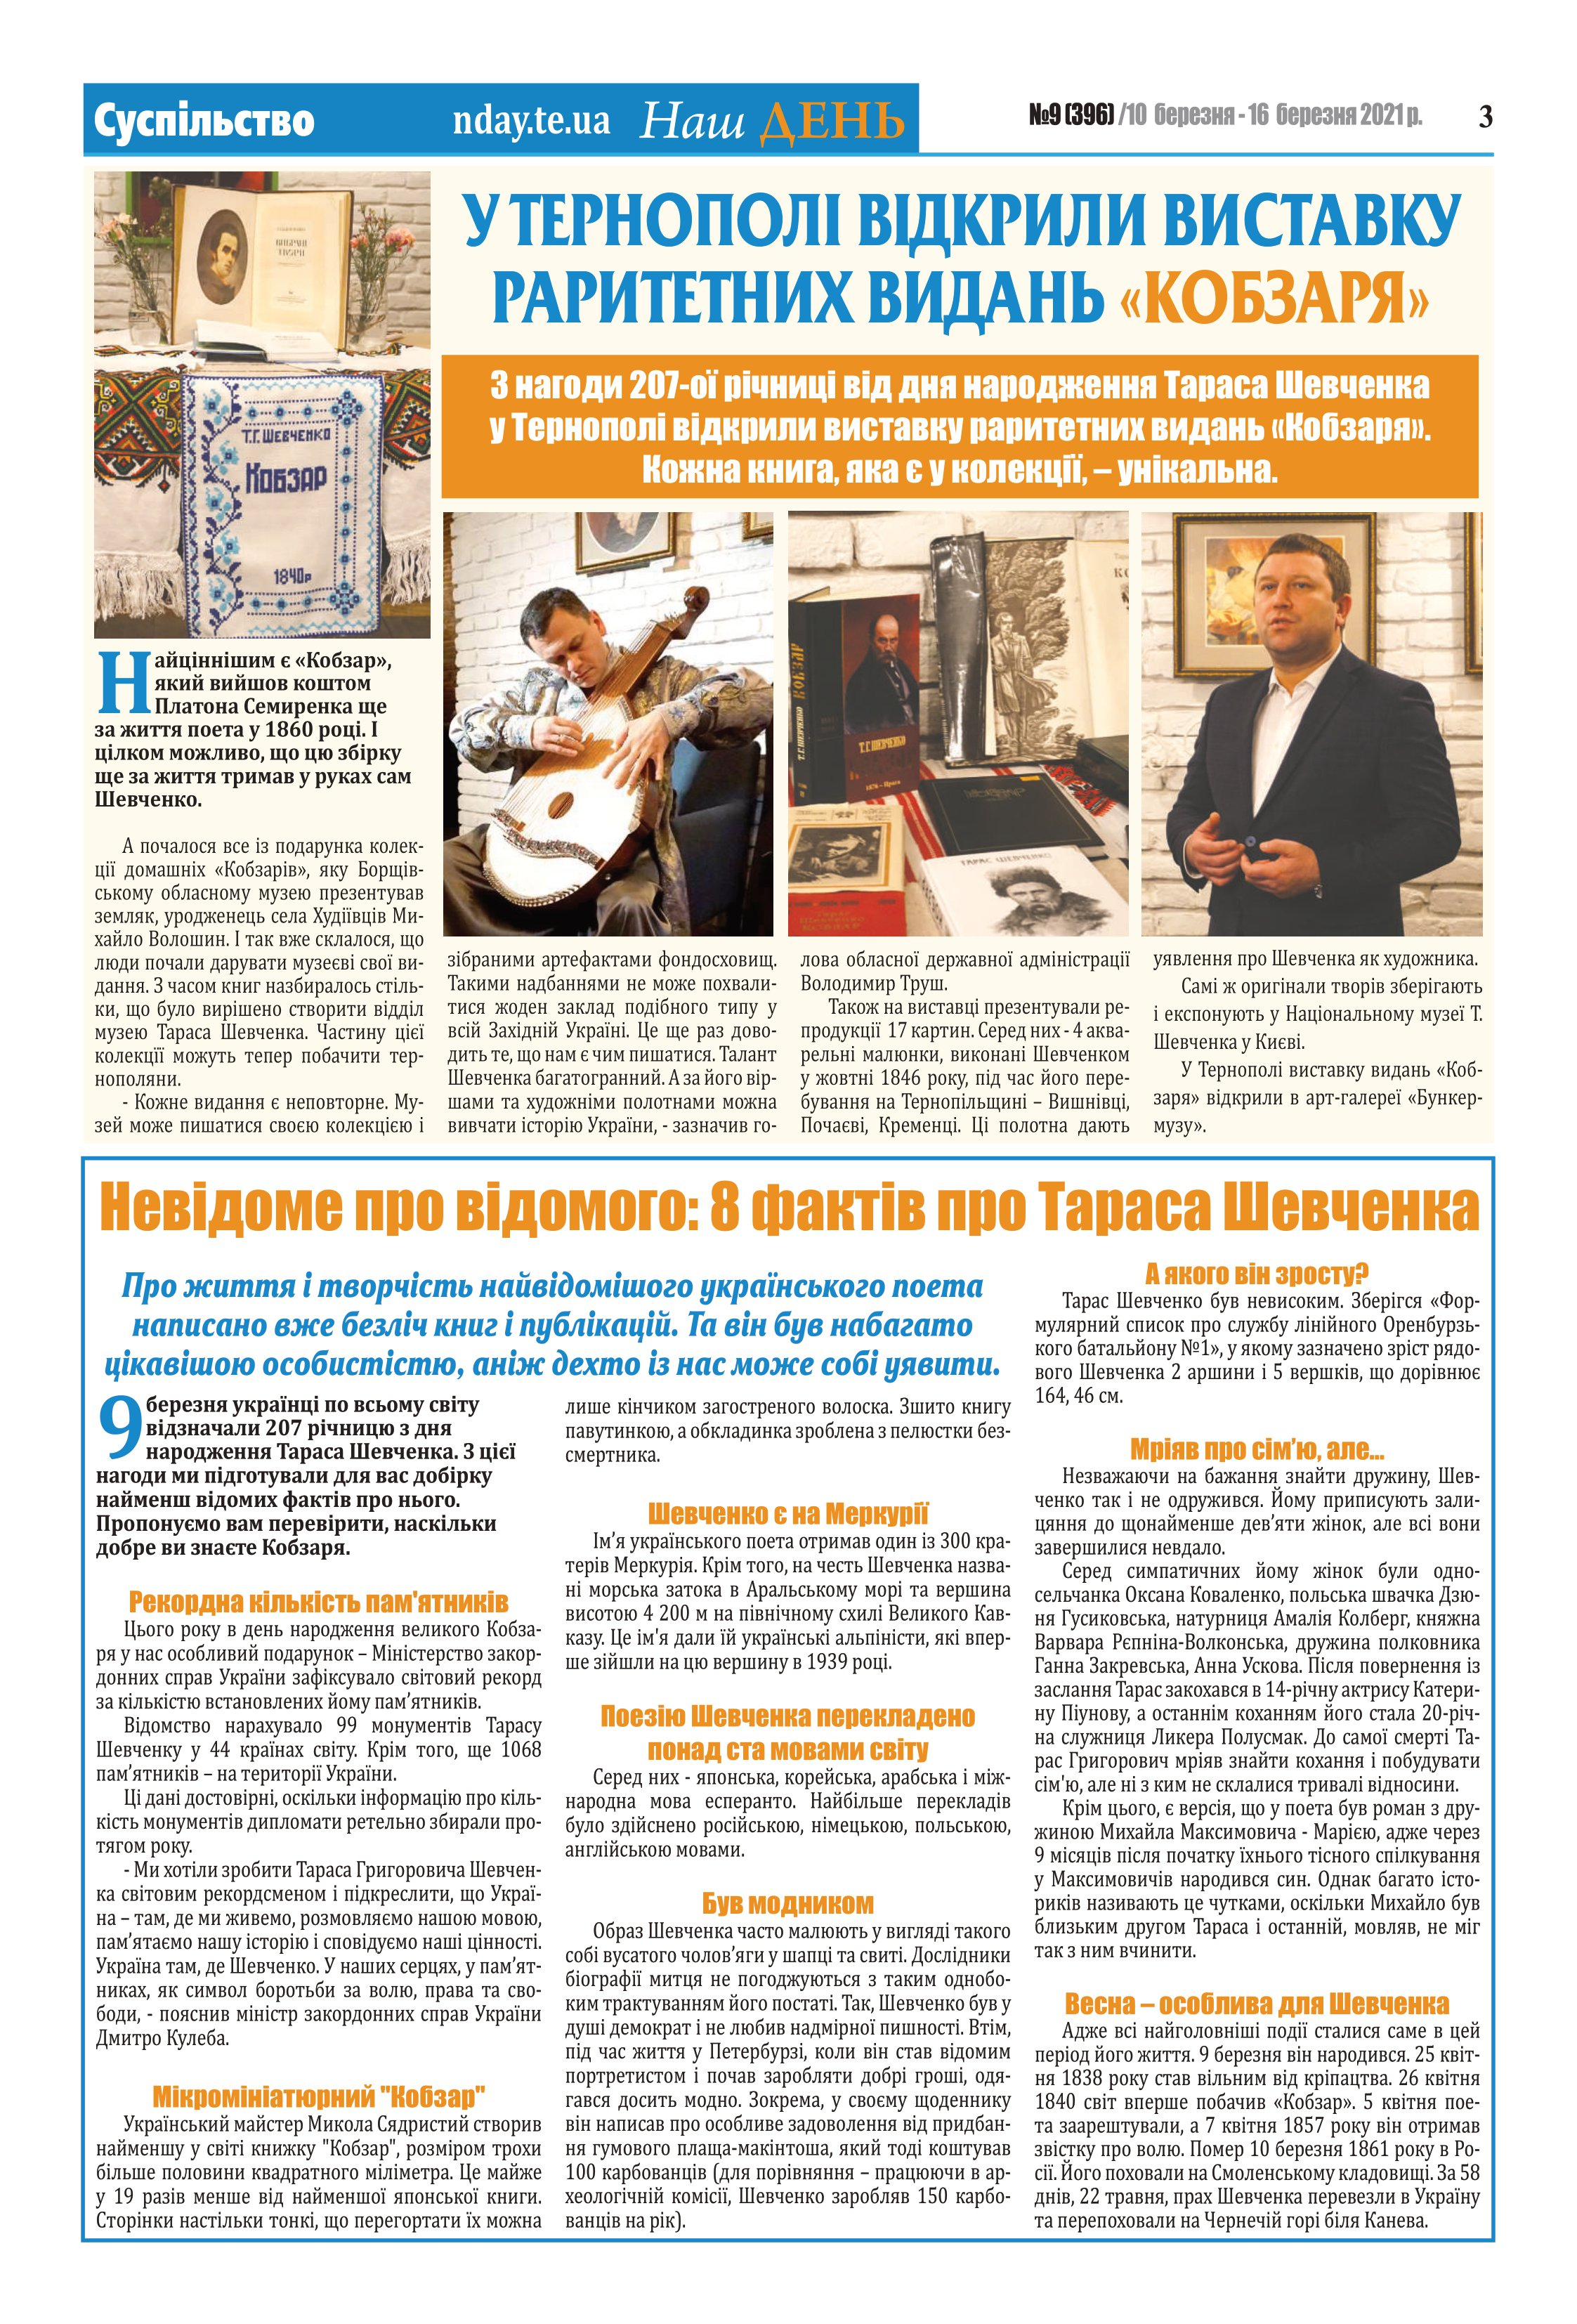
Language: uk